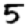
Digit: 5